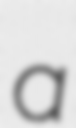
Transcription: a